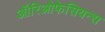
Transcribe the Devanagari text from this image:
ऑरिओफेसियन्स